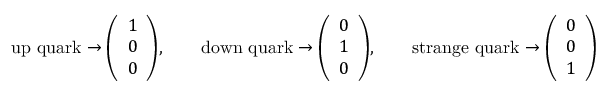
{ \mathrm { u p ~ q u a r k } } \rightarrow { \left( \begin{array} { l } { 1 } \\ { 0 } \\ { 0 } \end{array} \right) } , \qquad { \mathrm { d o w n ~ q u a r k } } \rightarrow { \left( \begin{array} { l } { 0 } \\ { 1 } \\ { 0 } \end{array} \right) } , \qquad { \mathrm { s t r a n g e ~ q u a r k } } \rightarrow { \left( \begin{array} { l } { 0 } \\ { 0 } \\ { 1 } \end{array} \right) }